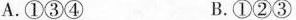
A.①③④ B.①②③